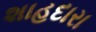
શાહદારા